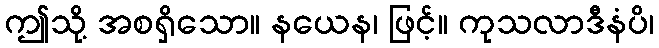
ဤသို့ အစရှိသော။ နယေန၊ ဖြင့်။ ကုသလာဒီနံပိ၊